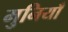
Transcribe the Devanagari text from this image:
मुनियाँ